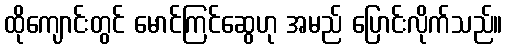
ထိုကျောင်းတွင် မောင်ကြင်ဆွေဟု အမည် ပြောင်းလိုက်သည်။